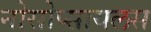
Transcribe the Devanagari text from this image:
नोसोप्सायलस